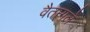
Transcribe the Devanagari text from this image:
वैतागले